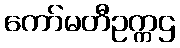
ကော်မတီဥက္ကဌ